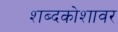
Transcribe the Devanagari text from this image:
शब्दकोशावर